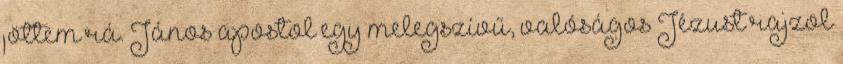
jöttem rá. János apostol egy melegszívű, valóságos Jézust rajzol